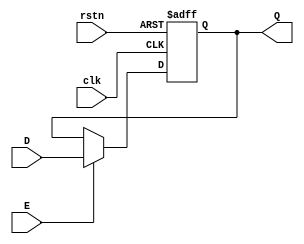
module regne (D, clk, rstn, E, Q); 
	parameter n = 32;
	input [n-1:0] D;
	input clk, rstn, E;
	output reg [n-1:0] Q;
	
	always @(posedge clk, negedge rstn) begin: regne
		if (rstn == 0)
			Q <= 0; 
		else if (E)
			Q <= D;
	end
endmodule